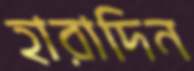
হারাদিন